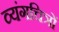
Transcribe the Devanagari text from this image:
व्यंगचित्रों